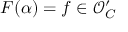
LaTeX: F ( \alpha ) = f \in { \mathcal { O } } _ { C } ^ { \prime }